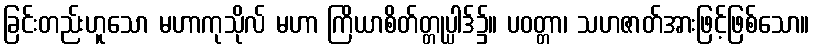
ခြင်းတည်းဟူသော မဟာကုသိုလ် မဟာ ကြိယာစိတ်တ္တုပ္ပါဒ်၌။ ပဝတ္တာ၊ သဟဇာတ်အားဖြင့်ဖြစ်သော။